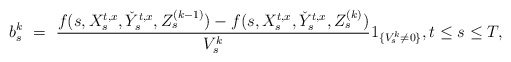
\begin{align*}b_s^k \ = \ \frac{f(s,X_s^{t,x},\check Y_s^{t,x},Z_s^{(k-1)})-f(s,X_s^{t,x},\check Y_s^{t,x},Z_s^{(k)})}{V_s^k}1_{\{V_s^k\neq0\}}, t \leq s \leq T,\end{align*}